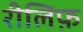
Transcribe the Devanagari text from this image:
रीलिफ़